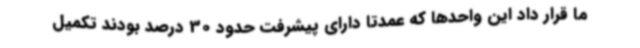
ما قرار داد این واحدها که عمدتاً دارای پیشرفت حدود 30 درصد بودند تکمیل